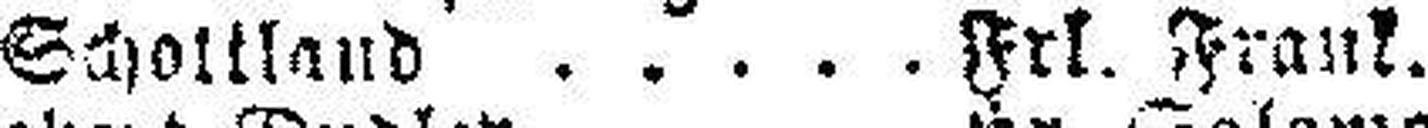
Schottland Frl. Frank.